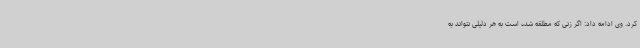
کرد. وی ادامه داد: اگر زنی که مطلقه شده است به هر دلیلی نتواند به